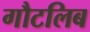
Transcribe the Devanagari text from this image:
गौटलिब